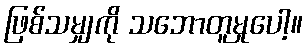
ဖြစ်သမျှကို သဘောတူမှုပေါ့။